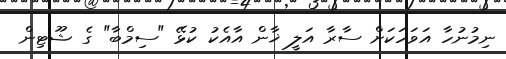
ނިމުނުހާ އަވަހަކަށް ސާރާ އަލީ ޚާން އާއެކު ކުޅޭ "ސިމްބާ" ގެ ޝޫޓިން